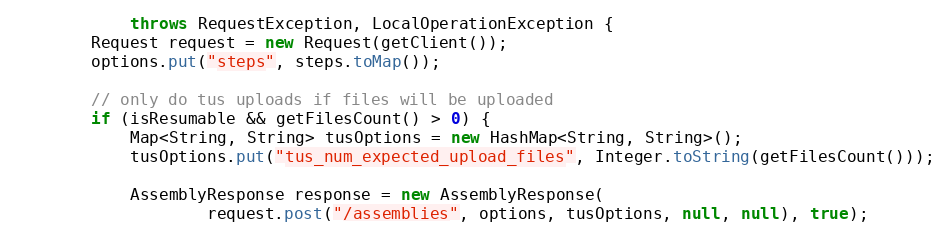
Language: Java
            throws RequestException, LocalOperationException {
        Request request = new Request(getClient());
        options.put("steps", steps.toMap());

        // only do tus uploads if files will be uploaded
        if (isResumable && getFilesCount() > 0) {
            Map<String, String> tusOptions = new HashMap<String, String>();
            tusOptions.put("tus_num_expected_upload_files", Integer.toString(getFilesCount()));

            AssemblyResponse response = new AssemblyResponse(
                    request.post("/assemblies", options, tusOptions, null, null), true);